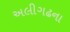
અલીગઢના